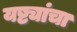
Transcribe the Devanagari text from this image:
यष्ट्यांचा